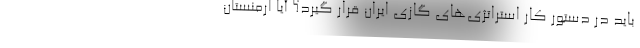
باید در دستور کار استراتژی‌های گازی ایران قرار گیرد؟ آیا ارمنستان